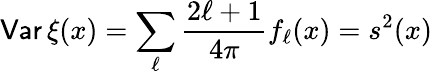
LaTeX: {\mathsf{Var}}\, \xi(x)=\sum_{\ell}\frac{2\ell+1}{4\pi}f_{\ell}(x)=s^{2}(x)